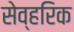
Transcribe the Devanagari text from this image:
सेव्हरिक